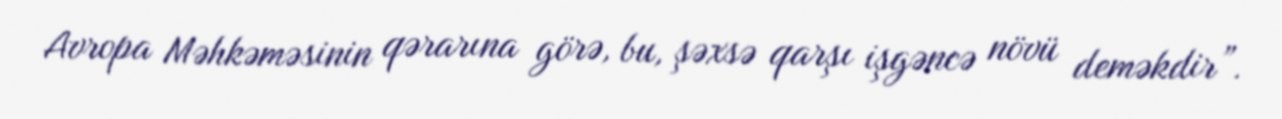
Avropa Məhkəməsinin qərarına görə, bu, şəxsə qarşı işgəncə növü deməkdir”.